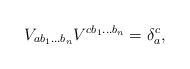
LaTeX: \begin{align*}V_{ab_1\ldots b_n}V^{cb_1\ldots b_n}=\delta_a^c,\end{align*}